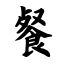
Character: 餐